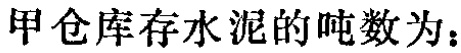
甲仓库存水泥的吨数为：